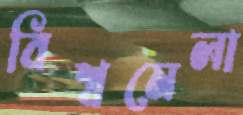
বিশ্বমেলা